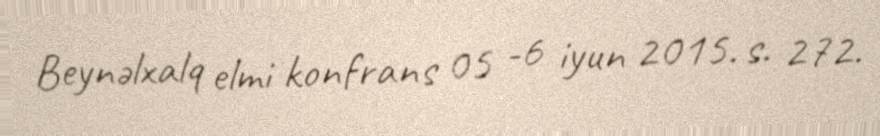
Beynəlxalq elmi konfrans 05 -6 iyun 2015. s. 272.